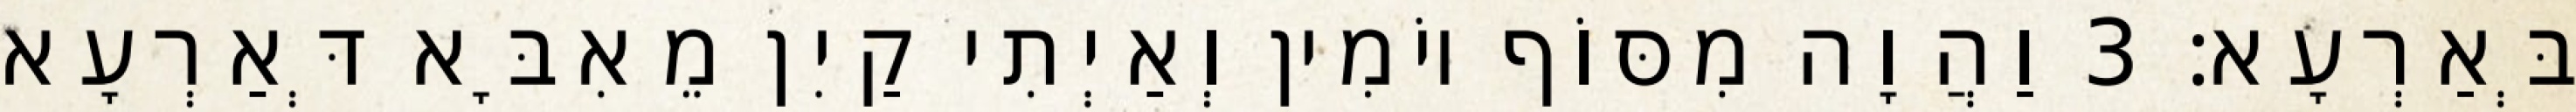
בְּאַרְעָא׃ 3 וַהֲוָה מִסּוֹף יוֹמִין וְאַיְתִי קַיִן מֵאִבָּא דְּאַרְעָא